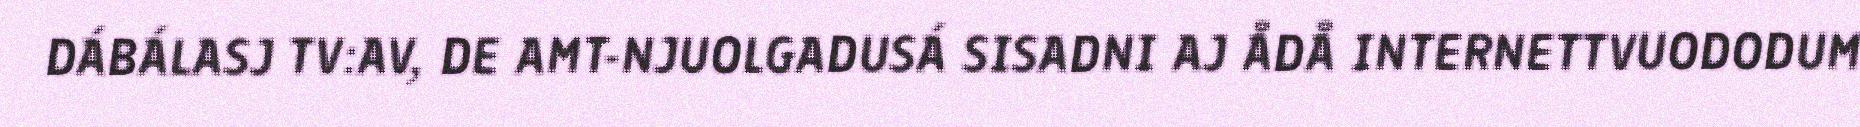
DÁBÁLASJ TV:AV, DE AMT-NJUOLGADUSÁ SISADNI AJ ÅDÅ INTERNETTVUODODUM